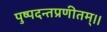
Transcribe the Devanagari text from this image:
पुष्पदन्तप्रणीतम्।।